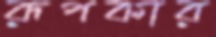
রূপকার